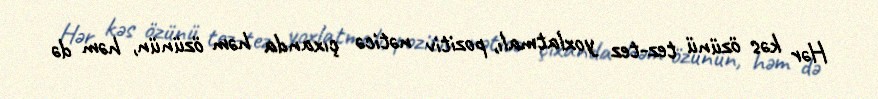
Hər kəs özünü tez-tez yoxlatmalı, pozitiv nəticə çıxanda həm özünün, həm də